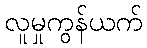
လူမှုကွန်ယက်